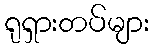
ရုရှားတပ်များ